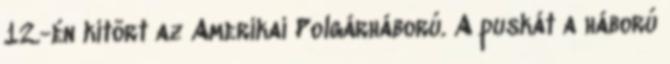
12.-én kitört az Amerikai Polgárháború. A puskát a háború